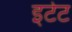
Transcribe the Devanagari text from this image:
इटेट